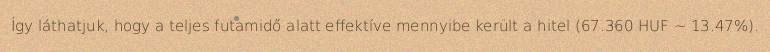
Így láthatjuk, hogy a teljes futamidő alatt effektíve mennyibe került a hitel (67.360 HUF ~ 13.47%).